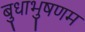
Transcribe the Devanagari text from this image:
बुधाभुषणम